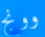
وونج